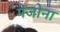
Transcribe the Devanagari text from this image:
मेजोना